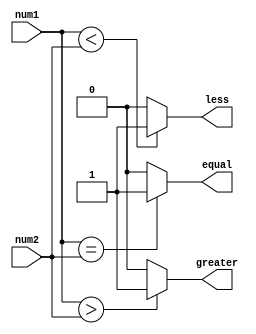
module signed_magnitude_comparator (
    input signed [7:0] num1,
    input signed [7:0] num2,
    output greater,
    output less,
    output equal
);

assign greater = (num1 > num2) ? 1'b1 : 1'b0;
assign less = (num1 < num2) ? 1'b1 : 1'b0;
assign equal = (num1 == num2) ? 1'b1 : 1'b0;

endmodule